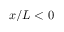
x / L < 0